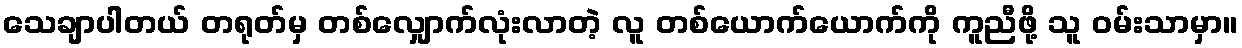
သေချာပါတယ် တရုတ်မှ တစ်လျှောက်လုံးလာတဲ့ လူ တစ်ယောက်ယောက်ကို ကူညီဖို့ သူ ဝမ်းသာမှာ။